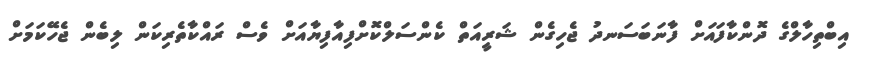
އިބްތިހާލްގެ ދޮންކާފައަށް ފާނަބަސަނދު ޖެހިގެން ޝަރީއަތް ކެންސަލްކޮށްފިއާފިޔާއަށް ވެސް ރައްކާތެރިކަން ލިބެން ޖެހޭކަމަށް